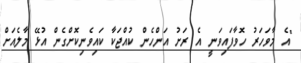
"އެ މާވަހަރު ހޮވާފައިވަނީ އެ ރަށު އަންހެން ކުއްޖަކާ ކައިވެނިކޮށްގެން އުޅޭ މާލެއަށް